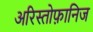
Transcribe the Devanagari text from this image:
अरिस्तोफ़ानिज